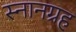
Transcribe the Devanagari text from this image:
स्नानग्रह